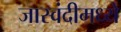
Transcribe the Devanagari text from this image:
जास्वंदीमध्ये